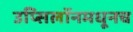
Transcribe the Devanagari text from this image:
उप्सिलॉनमधूनच